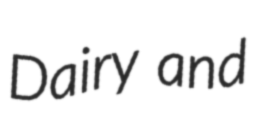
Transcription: Dairy and